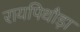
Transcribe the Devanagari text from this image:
रायपिथौड़ा